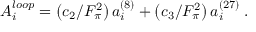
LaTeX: A _ { i } ^ { l o o p } = \left( c _ { 2 } / F _ { \pi } ^ { 2 } \right) a _ { i } ^ { \left( 8 \right) } + \left( c _ { 3 } / F _ { \pi } ^ { 2 } \right) a _ { i } ^ { \left( 2 7 \right) } \: .